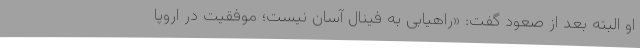
او البته بعد از صعود گفت: «راهیابی به فینال آسان نیست؛ موفقیت در اروپا